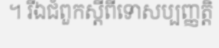
។ រីឯជំពួកស្តីពីទោសប្បញ្ញត្តិ